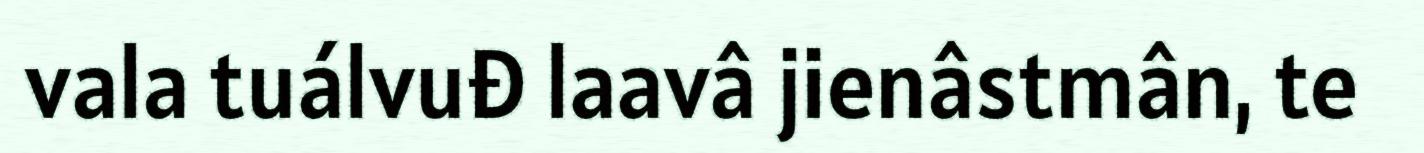
vala tuálvuđ laavâ jienâstmân, te